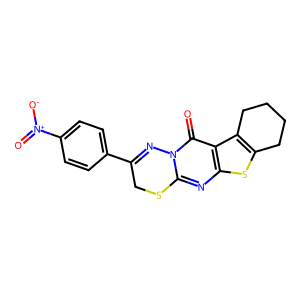
SMILES: O=c1c2c3c(sc2nc2n1N=C(c1ccc([N+](=O)[O-])cc1)CS2)CCCC3
Inhibits HIV replication: No